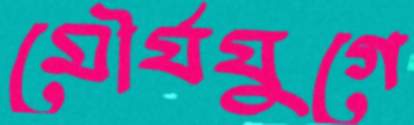
মৌর্যযুগে